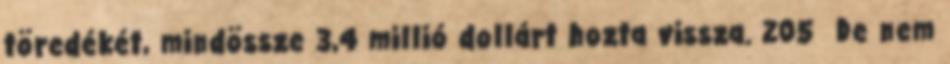
töredékét, mindössze 3,4 millió dollárt hozta vissza. 205 De nem